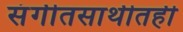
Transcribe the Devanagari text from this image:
संगीतसाथीतही